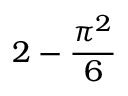
2 - \frac { \pi ^ { 2 } } { 6 }